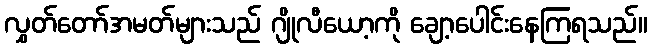
လွှတ်တော်အမတ်များသည် ဂျိုလီယော့ကို ချော့ပေါင်းနေကြရသည်။